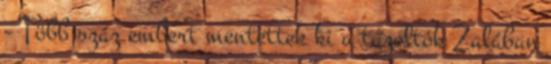
- Több száz embert mentettek ki a tűzoltók Zalában